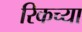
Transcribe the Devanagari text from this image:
रिकच्या